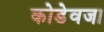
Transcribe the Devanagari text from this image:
कोडेवजा